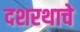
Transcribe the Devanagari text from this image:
दशरथाचे